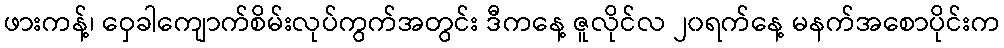
ဖားကန့်၊ ဝှေခါကျောက်စိမ်းလုပ်ကွက်အတွင်း ဒီကနေ့ ဇူလိုင်လ ၂၀ရက်နေ့ မနက်အစောပိုင်းက